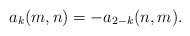
LaTeX: \begin{align*}a_k(m,n) = -a_{2-k}(n,m).\end{align*}